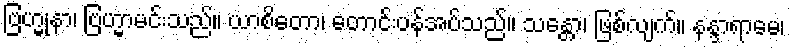
ဗြဟ္မုနာ၊ ဗြဟ္မာမင်းသည်။ ယာစိတော၊ တောင်းပန်အပ်သည်။ သန္တော၊ ဖြစ်လျက်။ နန္ဒာရာမေ၊